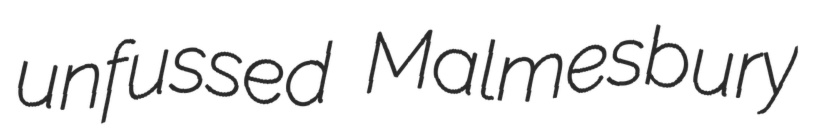
unfussed Malmesbury